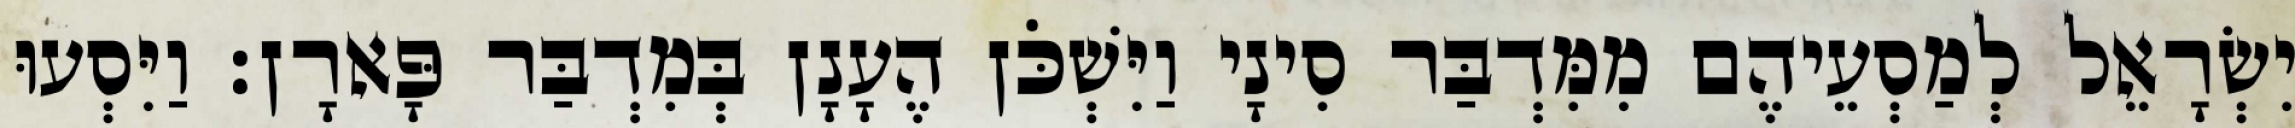
יִשְׂרָאֵל לְמַסְעֵיהֶם מִמִּדְבַּר סִינָי וַיִּשְׁכֹּן הֶעָנָן בְּמִדְבַּר פָּארָן׃ וַיִּסְעוּ